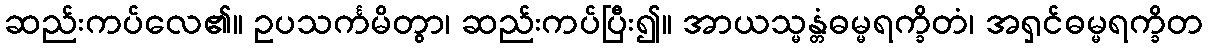
ဆည်းကပ်လေ၏။ ဥပသင်္ကမိတွာ၊ ဆည်းကပ်ပြီး၍။ အာယသ္မန္တံဓမ္မရက္ခိတံ၊ အရှင်ဓမ္မရက္ခိတ